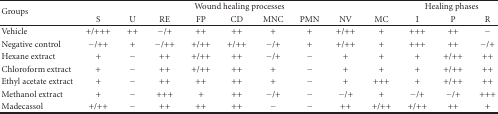
| <ROWSPAN=2> Groups | <COLSPAN=9> Wound healing processes | <COLSPAN=3> Healing phases |
 | S | U | RE | FP | CD | MNC | PMN | NV | MC | I | P | R |
 | --- | --- | --- | --- | --- | --- | --- | --- | --- | --- | --- | --- | --- |
 | Vehicle | +/+++ | ++ | −/+ | ++ | ++ | + | + | +/++ | + | +++ | ++ | − |
 | Negative control | −/++ | + | −/++ | +/++ | +/++ | −/+ | + | +/++ | + | +++ | ++ | −/+ |
 | Hexane extract | + | − | ++ | +/++ | ++ | −/+ | − | + | + | + | +/++ | ++ |
 | Chloroform extract | + | − | ++ | +/++ | ++ | + | − | + | + | + | +/++ | ++ |
 | Ethyl acetate extract | + | − | ++ | ++ | ++ | + | − | + | +++ | + | +/++ | ++ |
 | Methanol extract | + | − | +++ | + | ++ | −/+ | − | −/+ | + | −/+ | −/+ | +++ |
 | Madecassol | +/++ | − | ++ | ++ | ++ | − | − | ++ | +/++ | +/++ | ++ | + |